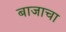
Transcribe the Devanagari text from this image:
बाजाचा